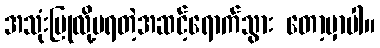
အသုံးပြုလို့မရတဲ့အဆင့်ရောက်သွား တော့မှာပါ။